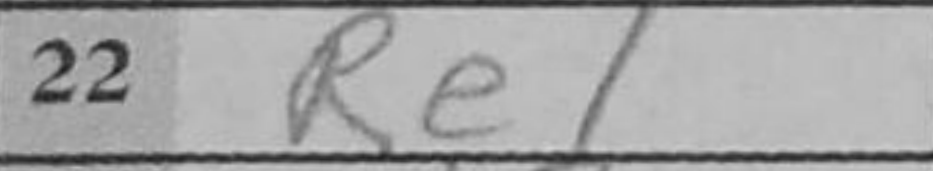
Transcription: Re1